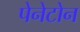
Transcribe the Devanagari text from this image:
पेनेटोन